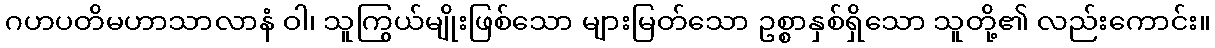
ဂဟပတိမဟာသာလာနံ ဝါ၊ သူကြွယ်မျိုးဖြစ်သော များမြတ်သော ဥစ္စာနှစ်ရှိသော သူတို့၏ လည်းကောင်း။